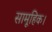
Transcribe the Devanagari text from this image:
सामूहिक।